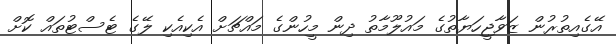
އޭގެއިތުރުން ޒަވާޖީހަޔާތުގެ މައުލޫމާތު ދިން މީހުންގެ މައްޗަށް އެކިއެކި ލޭގެ ޓެސްޓުތައް ކޮށް